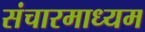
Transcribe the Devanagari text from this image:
संचारमाध्यम